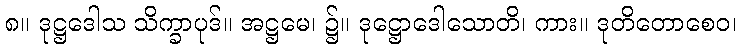
၈။ ဒုဋ္ဌဒေါသ သိက္ခာပုဒ်။ အဋ္ဌမေ၊ ၌။ ဒုဋ္ဌောဒေါသောတိ၊ ကား။ ဒုတိတောစေဝ၊